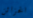
الخزائن